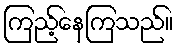
ကြည့်နေကြသည်။